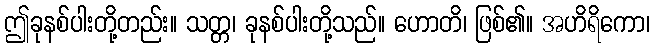
ဤခုနစ်ပါးတို့တည်း။ သတ္တ၊ ခုနစ်ပါးတို့သည်။ ဟောတိ၊ ဖြစ်၏။ အဟိရိကော၊